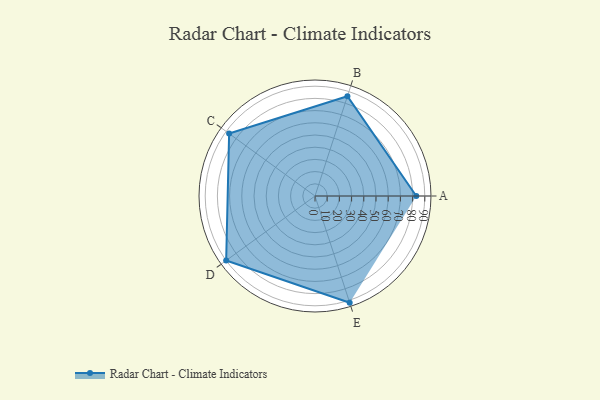
{"axis": {"x": "Skill", "y": "Score"}, "legend": ["Profile"], "data": [{"x": "A", "y": 83.0, "type": "Profile"}, {"x": "B", "y": 86.0, "type": "Profile"}, {"x": "C", "y": 87.0, "type": "Profile"}, {"x": "D", "y": 90.0, "type": "Profile"}, {"x": "E", "y": 92.0, "type": "Profile"}]}